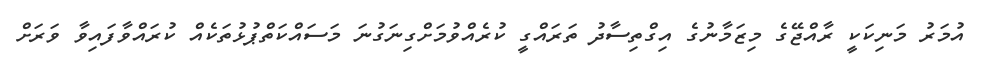
އުމަރު މަނިކަކީ ރާއްޖޭގެ މިޒަމާނުގެ އިގްތިސާދު ތަރައްގީ ކުރެއްވުމަށްގިނަގުނަ މަސައްކަތްޕުޅުތަކެއް ކުރައްވާފައިވާ ވަރަށް